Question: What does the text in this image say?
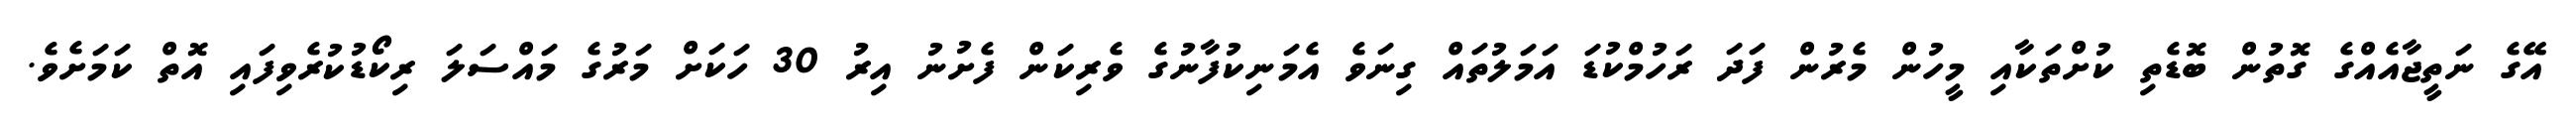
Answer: އޭގެ ނަތީޖާއެއްގެ ގޮތުން ބޮޑެތި ކުށްތަކާއި މީހުން މެރުން ފަދަ ރަހުމްކުޑަ އަމަލުތައް ގިނަވެ އެމަނިކުފާނުގެ ވެރިކަން ފެށުނު އިރު 30 ހަކަށް މަރުގެ މައްސަލަ ރިކޯޑުކުރެވިފައި އޮތް ކަމަށެވެ.